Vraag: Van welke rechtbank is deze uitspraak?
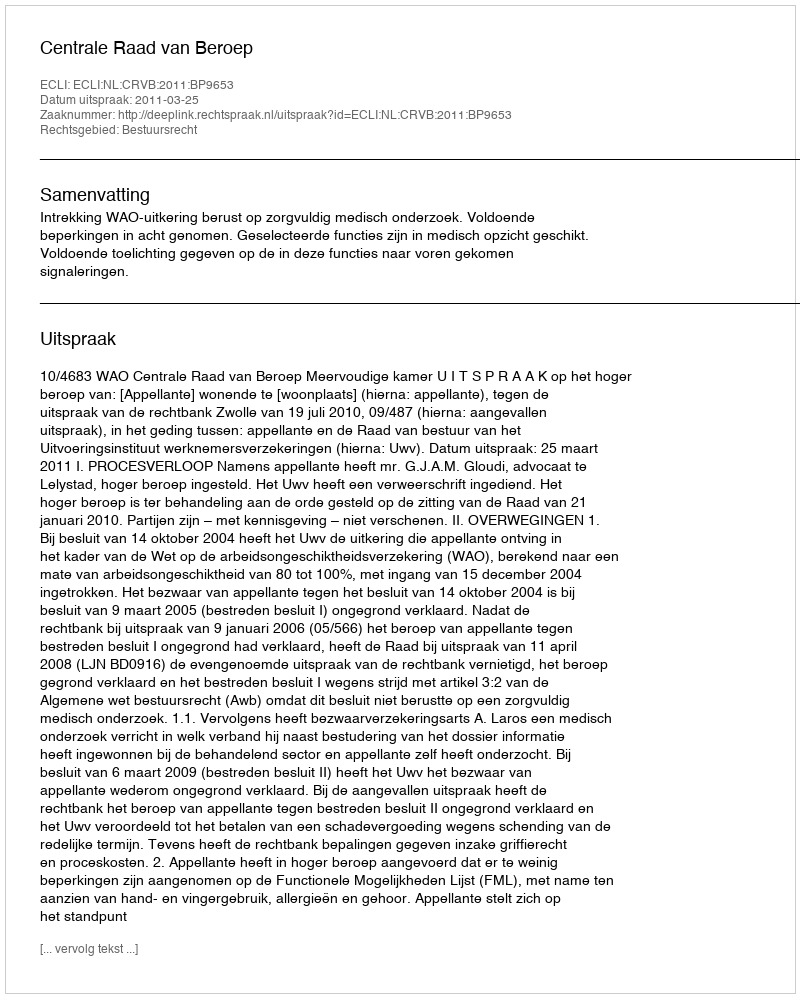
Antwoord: Centrale Raad van Beroep